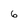
Character: 6